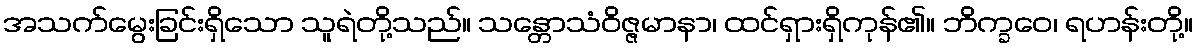
အသက်မွေးခြင်းရှိသော သူရဲတို့သည်။ သန္တောသံဝိဇ္ဇမာနာ၊ ထင်ရှားရှိကုန်၏။ ဘိက္ခဝေ၊ ရဟန်းတို့။